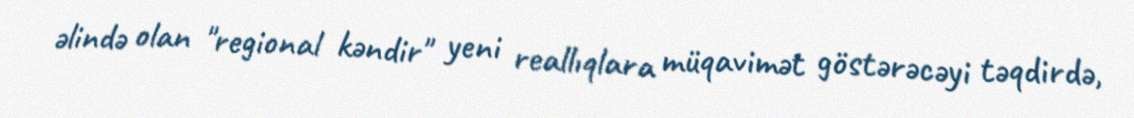
əlində olan "regional kəndir" yeni reallıqlara müqavimət göstərəcəyi təqdirdə,